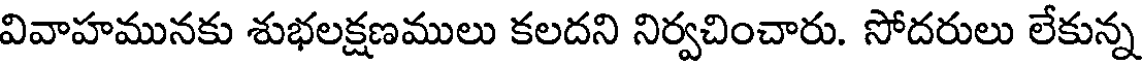
వివాహమునకు శుభలక్షణములు కలదని నిర్వచించారు. సోదరులు లేకున్న